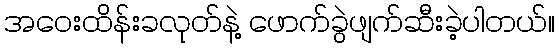
အဝေးထိန်းခလုတ်နဲ့ ဖောက်ခွဲဖျက်ဆီးခဲ့ပါတယ်။